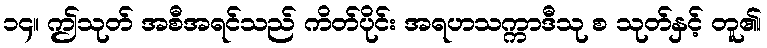
၁၄။ ဤသုတ် အစီအရင်သည် ကိတ်ပိုင်း အရဟသက္ကာဒီသု စ သုတ်နှင့် တူ၏၊